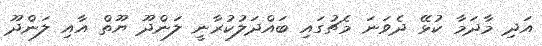
އަދި މާދަމާ ކުޅޭ ދެވަނަ މެޗުގައި ބައްދަލުކުރާނީ ލަންދޫ ޔޫތް އާއި ލަންދޫ